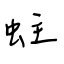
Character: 蛀